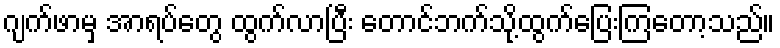
ဂျက်ဖာမှ အာရပ်တွေ ထွက်လာပြီး တောင်ဘက်သို့ထွက်ပြေးကြတော့သည်။